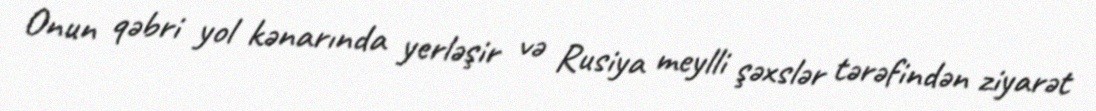
Onun qəbri yol kənarında yerləşir və Rusiya meylli şəxslər tərəfindən ziyarət